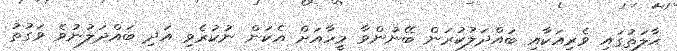
ޙާލަތުގައި ވެރިއަކާއި ބައްދަލުކުރަން ބޭނުންވާ މީހާއަށް އެކަން ނުކުރެވި އަދި ބައްދަލުނުވެ ވަގުތު